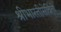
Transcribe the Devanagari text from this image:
श्रीभारतीसेवितो